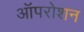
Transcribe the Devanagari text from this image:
ऑपरोशन